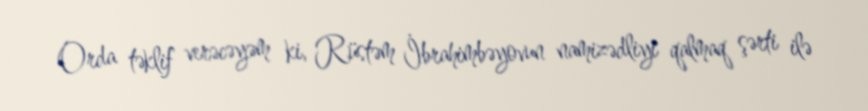
Orda təklif verəcəyəm ki, Rüstəm İbrahimbəyovun namizədliyi qalmaq şərti ilə